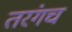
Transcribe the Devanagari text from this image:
तरंगच